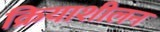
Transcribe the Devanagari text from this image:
क्रियाशीलन